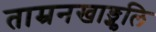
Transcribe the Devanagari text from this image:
ताम्रनखाङ्गुलि